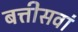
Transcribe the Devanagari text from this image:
बत्तीसवां